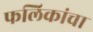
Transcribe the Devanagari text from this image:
फलिकांचा